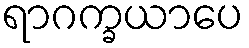
ရာဂက္ခယာပေ